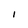
Character: I